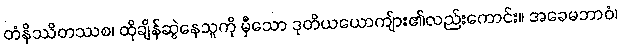
တံနိဿိတဿစ၊ ထိုချိန်ဆွဲနေသူကို မှီသော ဒုတိယယောကျ်ား၏လည်းကောင်း။ အခေမဘာဝံ၊